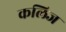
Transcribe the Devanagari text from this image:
कलिज